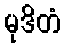
မုဒိတံ